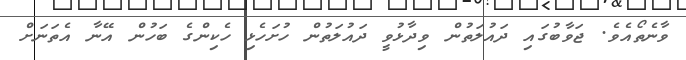
ވާނެތޯއެވެ. ޖަވާބުގައި ދައުލަތުން ވިދާޅުވީ ދައުލަތުން ހުށަހެޅި ހެކިންގެ ބަހުން އޭނާ އެތަނަށް